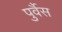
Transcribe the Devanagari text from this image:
पुर्वैस